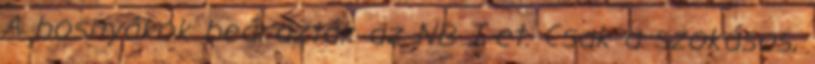
A bosnyákok beárazták az NB I-et. Csak a szokásos,